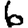
Digit: 6